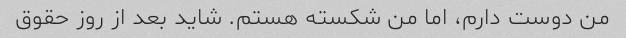
من دوست دارم، اما من شکسته هستم. شاید بعد از روز حقوق